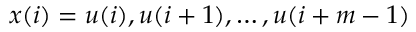
x ( i ) = { u ( i ) , u ( i + 1 ) , \dots , u ( i + m - 1 ) }